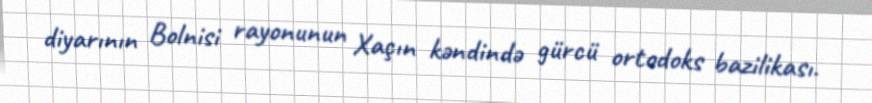
diyarının Bolnisi rayonunun Xaçın kəndində gürcü ortodoks bazilikası.